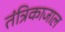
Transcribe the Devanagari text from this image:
तंत्रिकाजाल